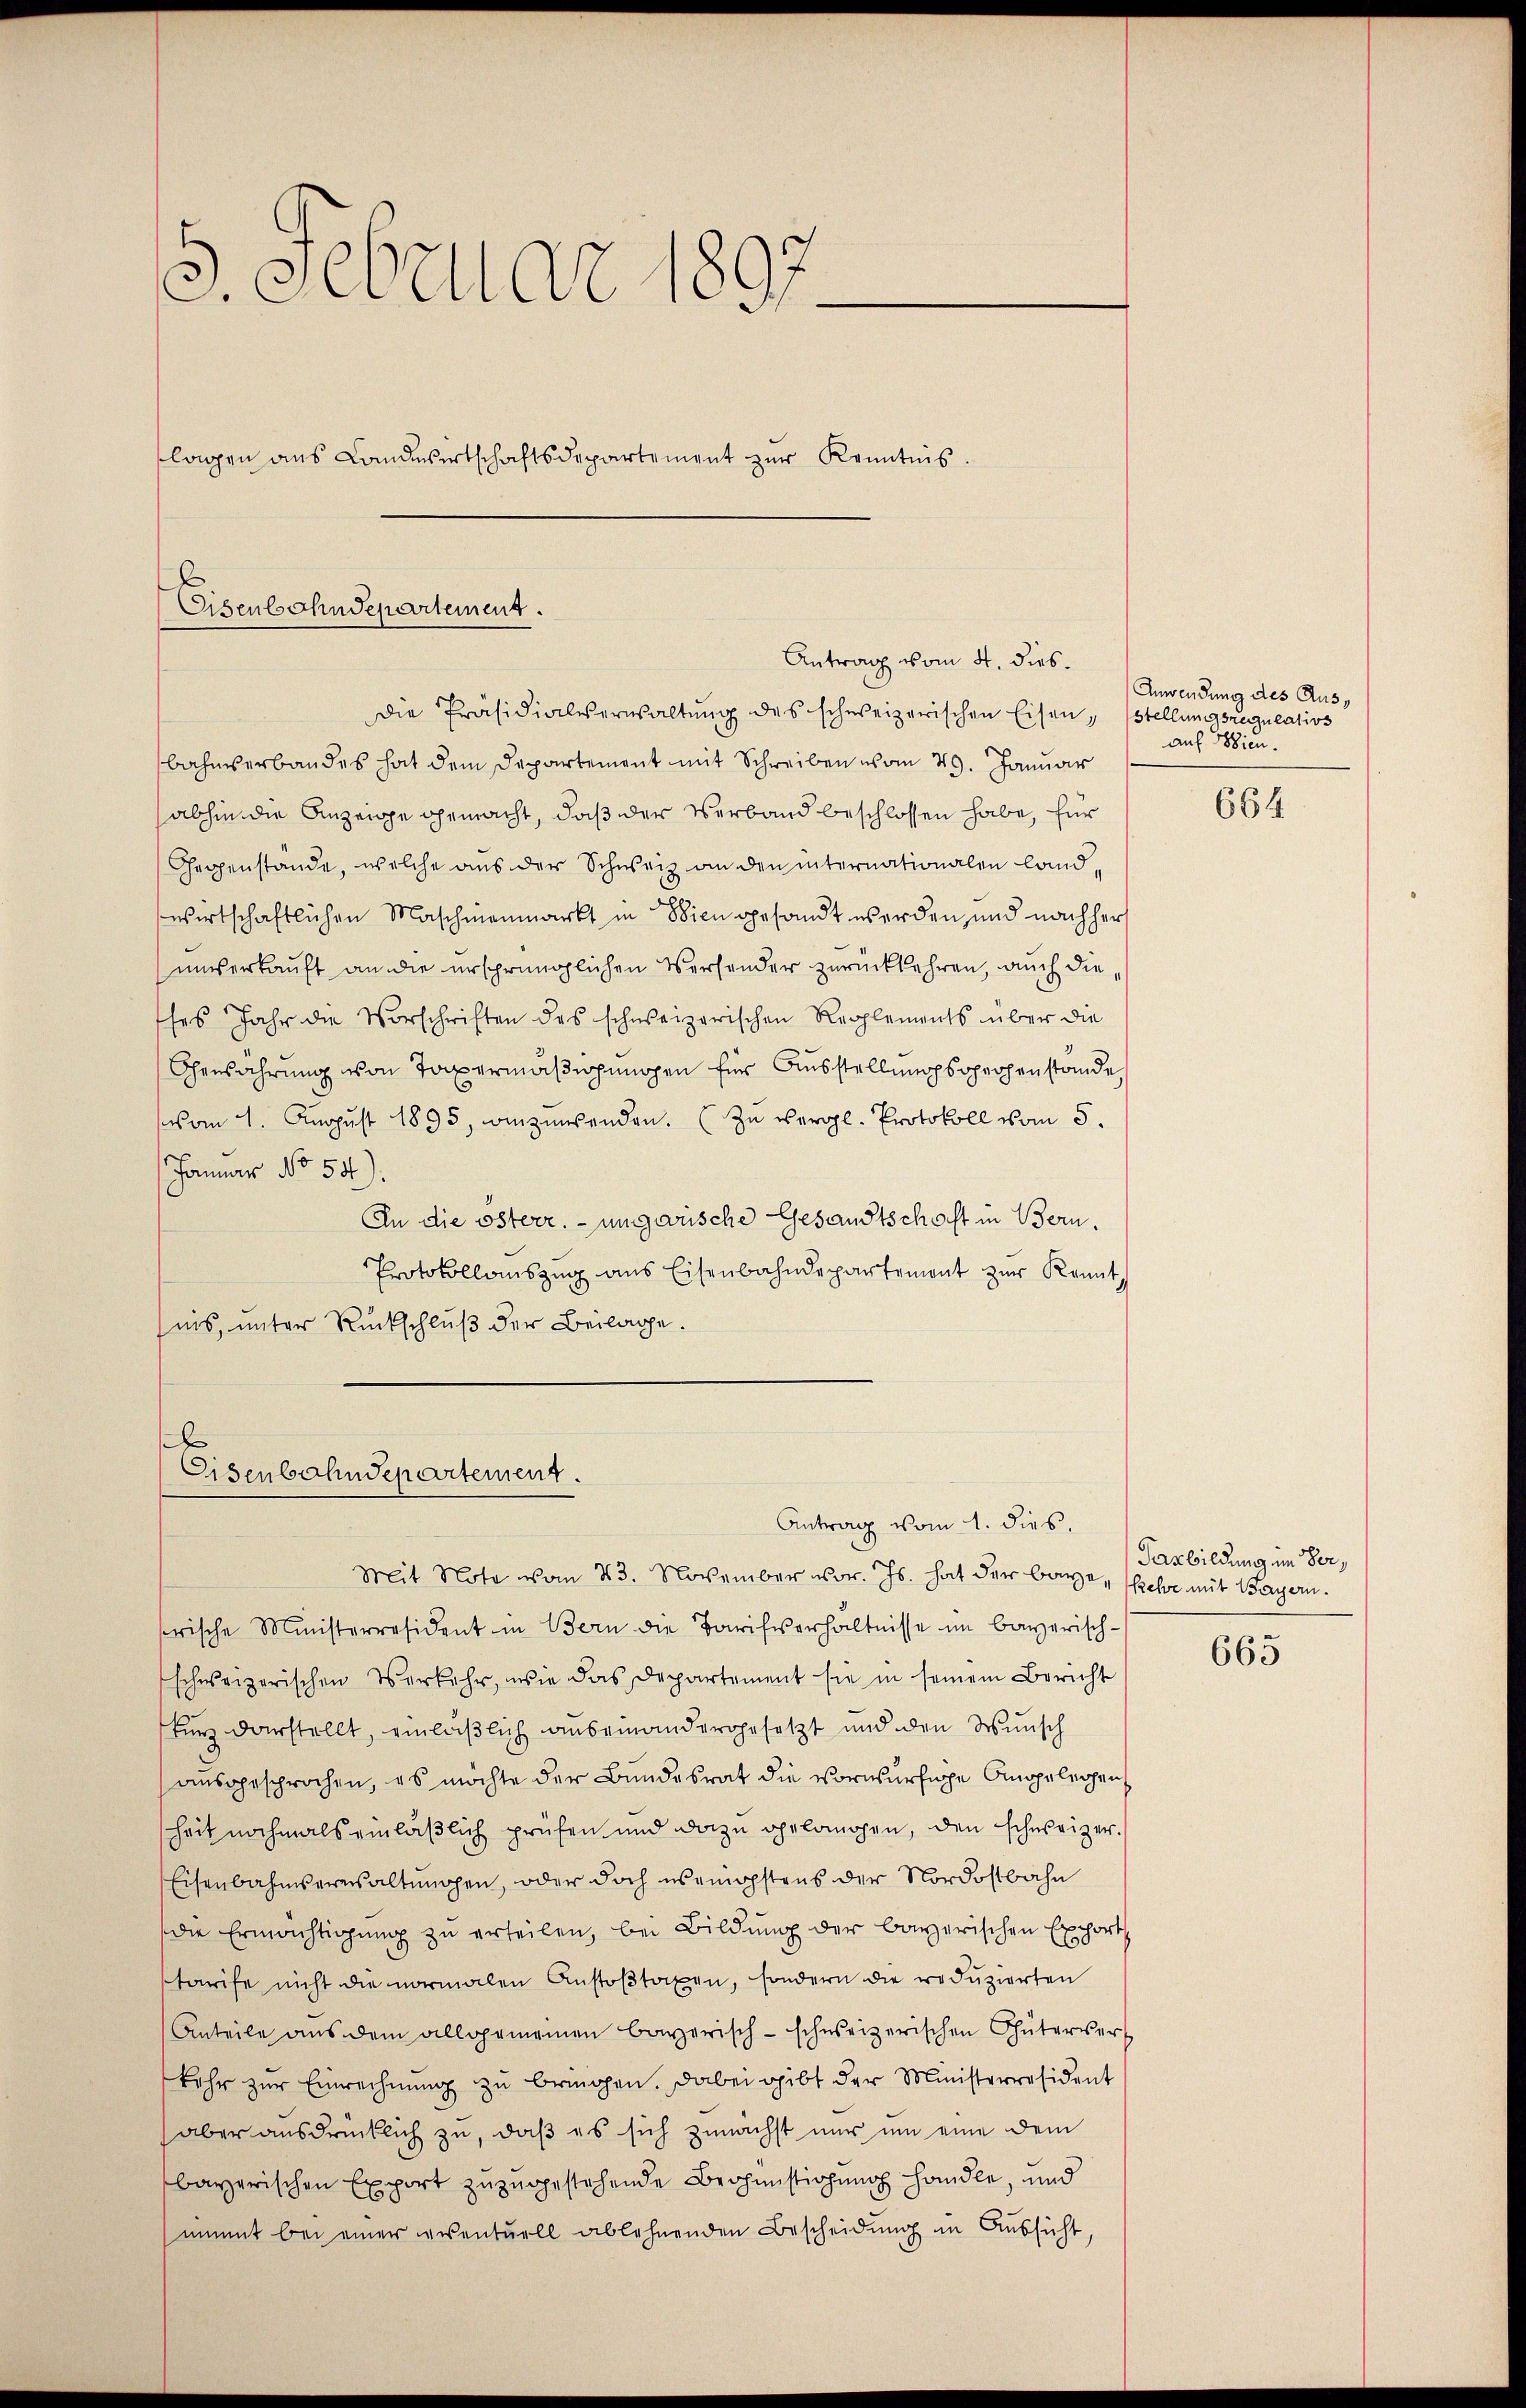
5. Februar 1897.
lagen ans Landwirtschaftsdepartement zŭr Kenntnis.

Eisenbahndepartement.
Antrag vom 4. dies

Die Präsidialverwaltŭng des schweizerischen Eisen, stellungsregulativs
bahnverbandes hat dem Departement mit Schreiben vom 29. Januar
abhin die Anzeige gemacht, daß der Verband beschlossen habe, für
Geppenstande, welche aus der Schweiz an den internationalen land,
swirtschaftlichen Maschinenmarkt in Wien gesandt werden, und nachher
unserkauft an die ursprünglichen Versender zurückkehren, auch die
ses Jahr die Vorschriften des schweizerischen Reglements über die
Ohenährung von Taxermäßigungen für Ausstellungsopechenstande
vom 1. Aŭgŭst 1895, winzinsenden. (Zu vergl. Protokoll vom 5.
Januar No 55)
An die österr. – ungewische Gesandtschaft in Bern.
Protokollauszug aus Eisenbahndepartemont zur Kennt,
sins, unter Rückschluß der Beilage.

x
Eisenbahndepartement
Antrag vom 1. dies.

Mit Note von 23. November vor. Js. hat der bare, sehr mit Bayern.
frische Ministerresident in Bern die Tarifverhältnisse im bayerisch-
schweizerischen Verkehr, wie das Departement sie in seinem Bericht
kurz darstellt, einläßlich auseinandergesetzt und den Wunsch
ausgesprochen, es möchte der Bundesrat die vorwürfige Angelegens
heit nochmals einläßlich prüfen und dazu gelangen, den schweizer.
Eisenbahnseresaltungen, oder doch wenigstens der Nordostbahn
die Ermächtigung zu erteilen, bei Bildung der bayerischen Exchorth
tarife nicht die vormalen Anstoβtaxen, sondern die reduzierten
Anteile aŭs dem allgemeinen Bayerisch-schweizerischen Güterver
kehr zŭr Einrechnŭng zŭ bringen. Dabei gibt der Ministerresident
aber ausdrücklich zu, daß es sich zunächst nur um eine dem
bayerischen Export zuzugestehende Brohinstigung handle, und
nimmt bei einer viventuell ablehnenden Bescheidung in Aussicht,

Anwendung des Ausauf Wien.

664

Tasbildung im Ver¬

665